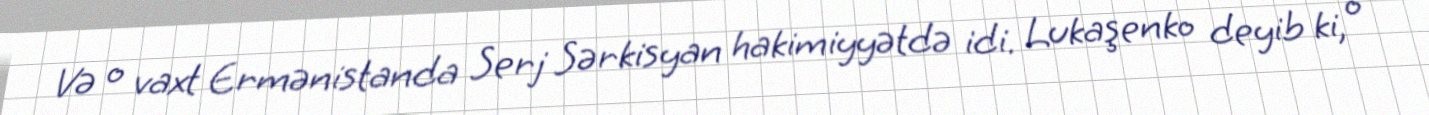
Və o vaxt Ermənistanda Serj Sərkisyan hakimiyyətdə idi. Lukaşenko deyib ki, o